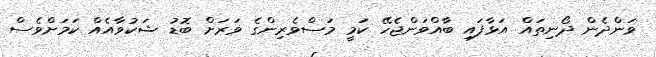
ވަންދެން ދޯނިތައް އަޅާފައި ބާއްވަންޖެހޭ ކަމީ މަސްވެރިންގެ ވަރަށް ބޮޑު ޝަކުވާއެއް ކަމަށްވެސް